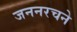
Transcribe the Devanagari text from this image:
जननरचने